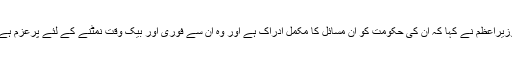
وزیراعظم نے کہا کہ ان کی حکومت کو ان مسائل کا مکمل ادراک ہے اور وہ ان سے فوری اور بیک وقت نمٹنے کے لئے پرعزم ہے۔